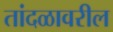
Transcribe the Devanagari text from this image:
तांदळावरील